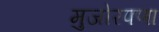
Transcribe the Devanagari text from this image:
मुजोरपणा